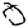
Digit: 0